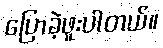
ပြောခဲ့ဖူးပါတယ်။